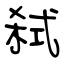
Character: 弑